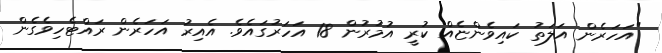
"އަހަރެން އަލަތު ކައިވެންޏެއް ކުރީ އުމުރުން 18 އަހަރުގައެވެ. އެއިރު އަހަރެން ރައްޓެހިވެގެން